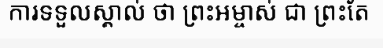
ការទទួលស្គាល់ ថា ព្រះអម្ចាស់ ជា ព្រះតែ